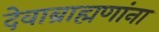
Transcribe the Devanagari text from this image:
देवाब्राह्मणांना